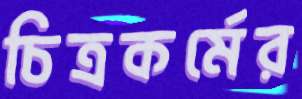
চিত্রকর্মের